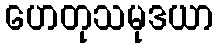
ဟေတုသမုဒယာ